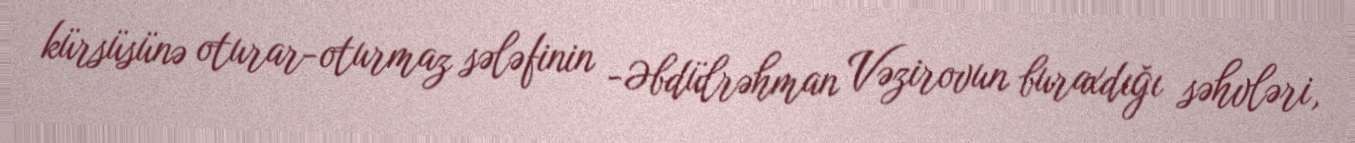
kürsüsünə oturar-oturmaz sələfinin -Əbdülrəhman Vəzirovun buraxdığı səhvləri,